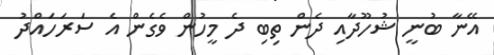
އޭނާ ބުނީ ޝުހޫދާއި ދެން ތިބި ދެ މީހުން ވެގެން އެ ސަރަހައްދު